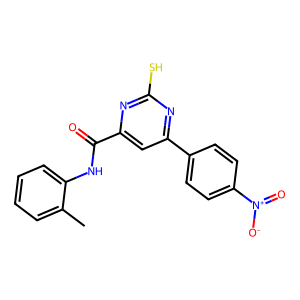
SMILES: Cc1ccccc1NC(=O)c1cc(-c2ccc([N+](=O)[O-])cc2)nc(S)n1
Inhibits HIV replication: No